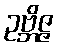
ဥဗ္ဘိဇ္ဇ